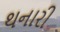
થનારી